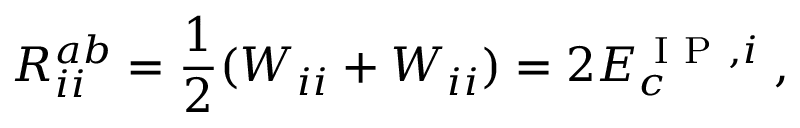
R _ { i i } ^ { a b } = \frac { 1 } { 2 } ( W _ { i i } + W _ { i i } ) = 2 E _ { c } ^ { \mathrm { ~ I ~ P ~ } , i } \; ,